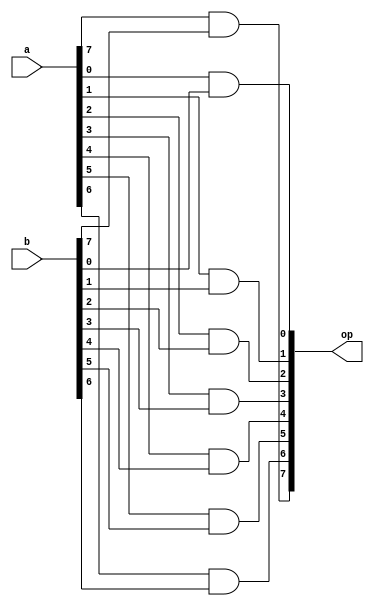
module and_8_bit(
	input [7:0] a,
	input [7:0] b,
	output reg [7:0] op
);

	integer i;
	
	always @(*) begin
		for(i=0; i<8; i=i+1) begin
			op[i] = a[i] & b[i];
		end
	end

endmodule